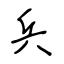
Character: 兵